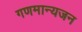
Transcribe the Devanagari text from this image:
गणमान्यजन